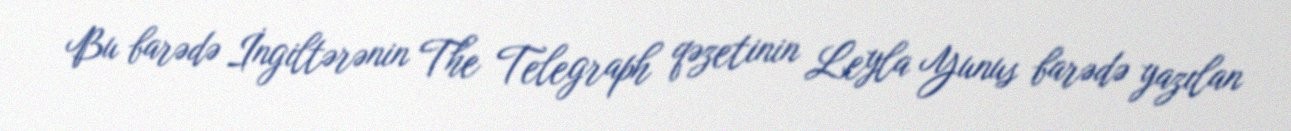
Bu barədə İngiltərənin The Telegraph qəzetinin Leyla Yunus barədə yazılan